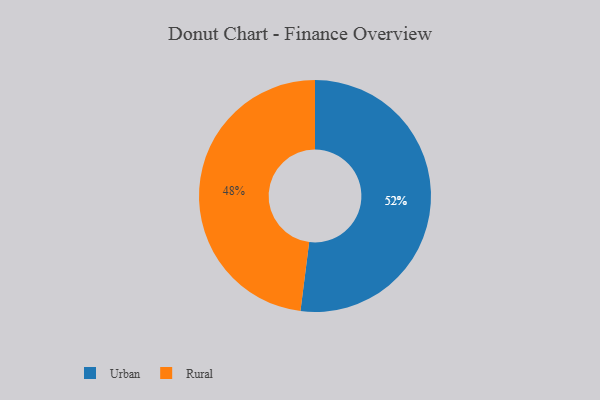
{"axis": {"x": "Category", "y": "Percentage"}, "legend": ["Rural", "Urban"], "data": [{"x": "Urban", "y": 52, "type": "Urban"}, {"x": "Rural", "y": 48, "type": "Rural"}]}